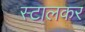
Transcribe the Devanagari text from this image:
स्टालकर